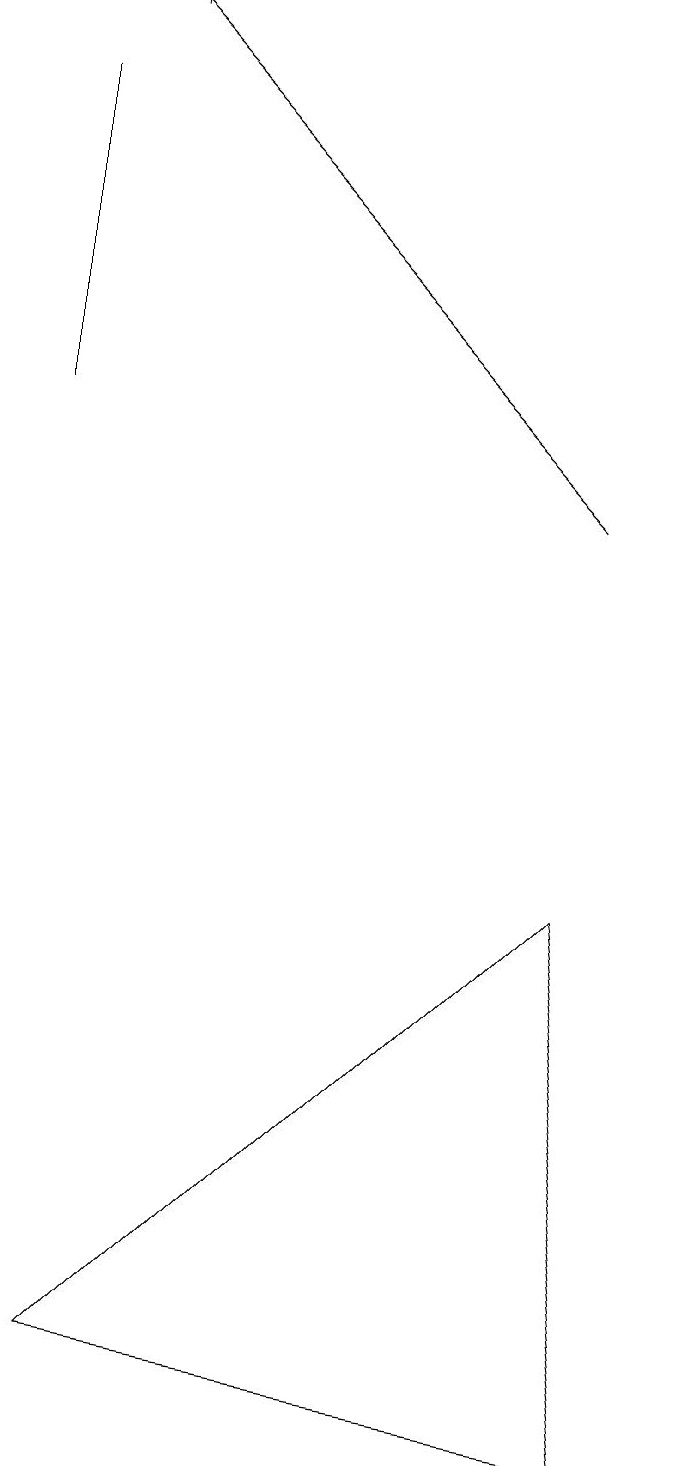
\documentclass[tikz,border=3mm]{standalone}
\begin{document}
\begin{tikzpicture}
\draw (1,13) rectangle (1,17);
\draw[->] (8,12) -- (2,18);
\draw (2,1) -- (8,7) -- (9,0) -- cycle;
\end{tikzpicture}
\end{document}